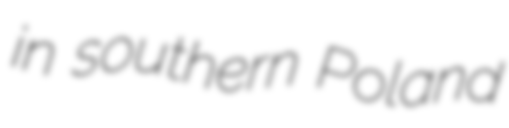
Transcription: in southern Poland